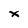
Character: x